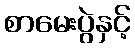
စာမေးပွဲနှင့်